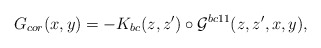
\begin{align*}G_{cor}(x,y) = - K_{bc}(z,z') \circ {\cal{G}}^{bc11}(z,z',x,y) ,\end{align*}